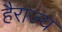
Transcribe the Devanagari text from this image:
हैराज्य